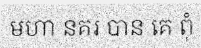
មហា នគរ បាន គេ ពុំ